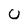
Character: u